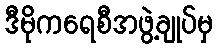
ဒီမိုကရေစီအဖွဲ့ချုပ်မှ